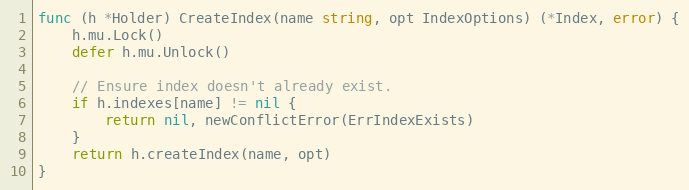
Language: Go
func (h *Holder) CreateIndex(name string, opt IndexOptions) (*Index, error) {
	h.mu.Lock()
	defer h.mu.Unlock()

	// Ensure index doesn't already exist.
	if h.indexes[name] != nil {
		return nil, newConflictError(ErrIndexExists)
	}
	return h.createIndex(name, opt)
}